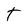
Character: T